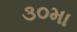
૩૦મા